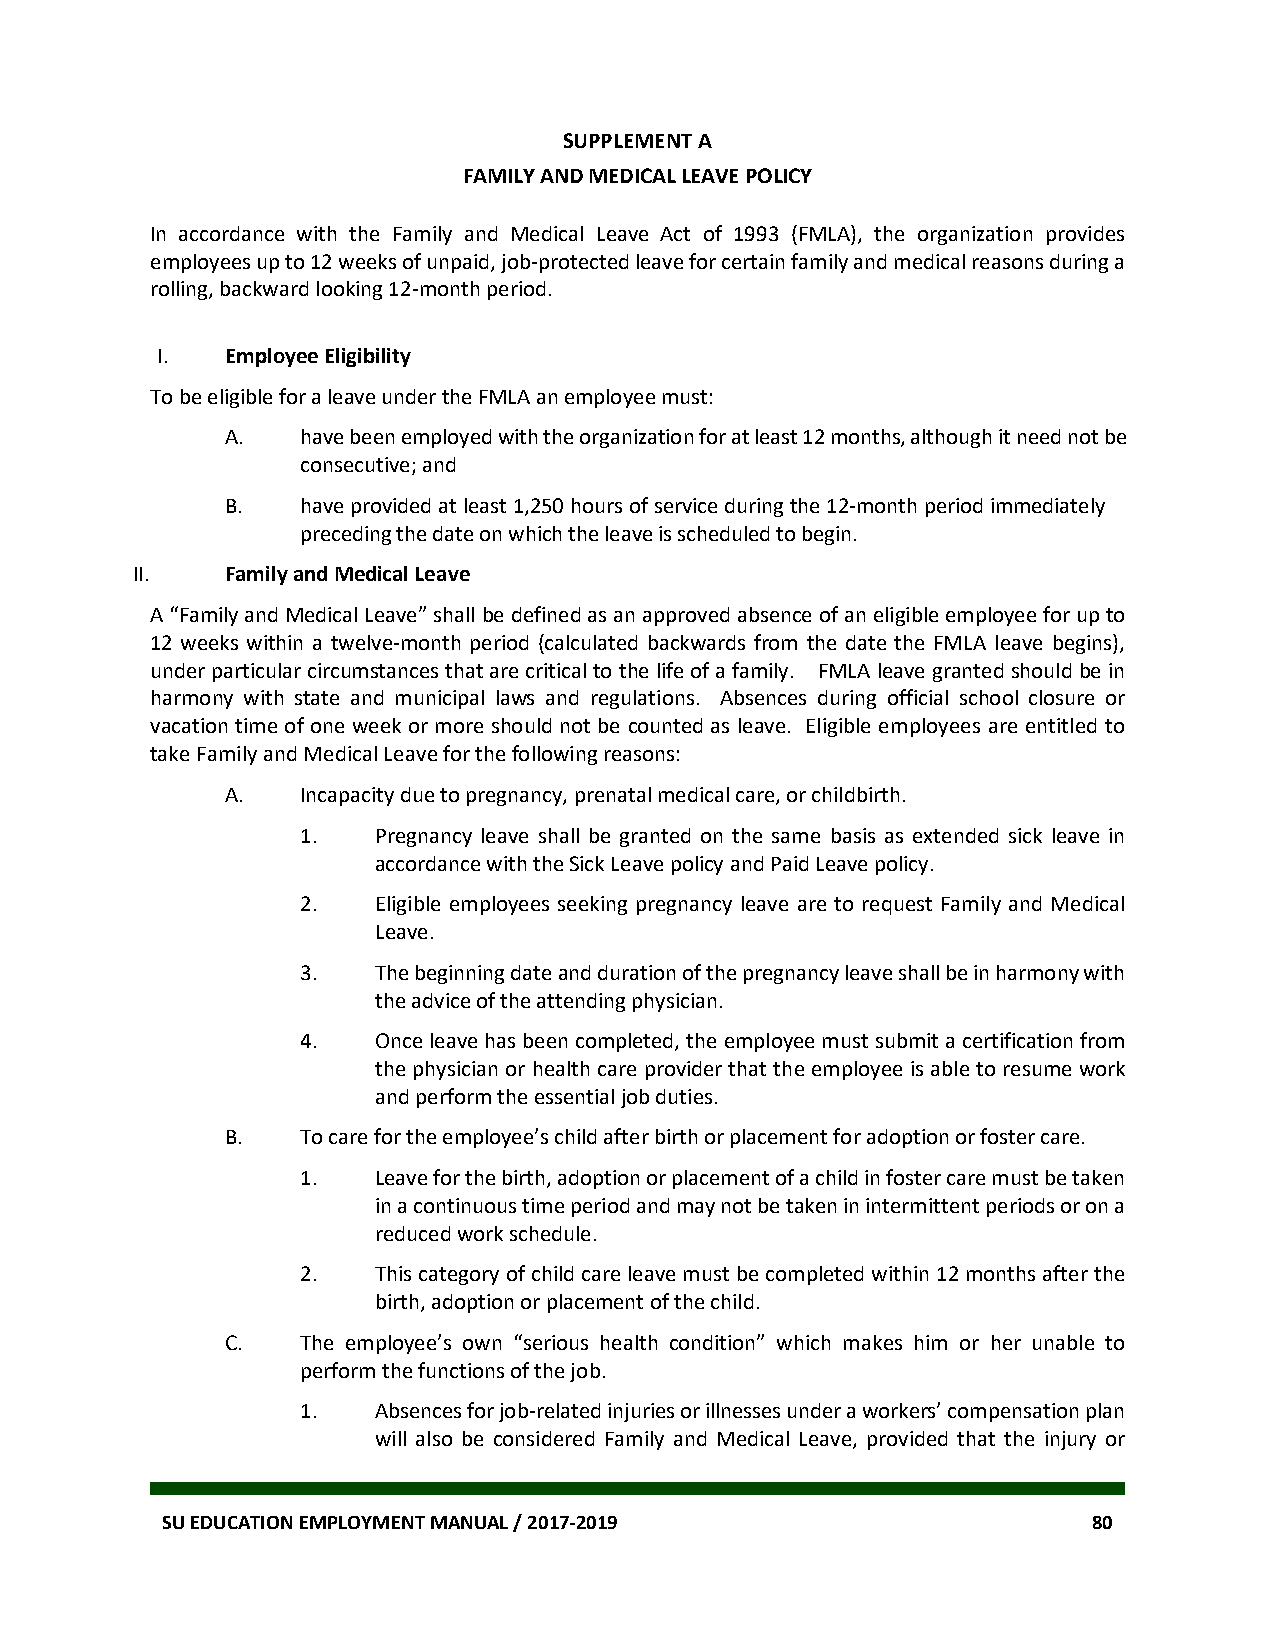
SUPPLEMENT A
 FAMILY AND MEDICAL LEAVE POLICY
 In accordance with the Family and Medical Leave Act of 1993 (FMLA), the organization provides
 employees up to 12 weeks of unpaid, job-protected leave for certain family and medical reasons during a
 rolling, backward looking 12-month period.
 I.   Employee Eligibility
 To be eligible for a leave under the FMLA an employee must:
 A.   have been employed with the organization for at least 12 months, although it need not be
 consecutive; and
 B.   have provided at least 1,250 hours of service during the 12-month period immediately
 preceding the date on which the leave is scheduled to begin.
 II.   Family and Medical Leave
 A “Family and Medical Leave” shall be defined as an approved absence of an eligible employee for up to
 12 weeks within a twelve-month period (calculated backwards from the date the FMLA leave begins),
 under particular circumstances that are critical to the life of a family. FMLA leave granted should be in
 harmony with state and municipal laws and regulations. Absences during official school closure or
 vacation time of one week or more should not be counted as leave. Eligible employees are entitled to
 take Family and Medical Leave for the following reasons:
 A.   Incapacity due to pregnancy, prenatal medical care, or childbirth.
 1.   Pregnancy leave shall be granted on the same basis as extended sick leave in
 accordance with the Sick Leave policy and Paid Leave policy.
 2.   Eligible employees seeking pregnancy leave are to request Family and Medical
 Leave.
 3.   The beginning date and duration of the pregnancy leave shall be in harmony with
 the advice of the attending physician.
 4.   Once leave has been completed, the employee must submit a certification from
 the physician or health care provider that the employee is able to resume work
 and perform the essential job duties.
 B.   To care for the employee’s child after birth or placement for adoption or foster care.
 1.   Leave for the birth, adoption or placement of a child in foster care must be taken
 in a continuous time period and may not be taken in intermittent periods or on a
 reduced work schedule.
 2.   This category of child care leave must be completed within 12 months after the
 birth, adoption or placement of the child.
 C.   The employee’s own “serious health condition” which makes him or her unable to
 perform the functions of the job.
 1.   Absences for job-related injuries or illnesses under a workers’ compensation plan
 will also be considered Family and Medical Leave, provided that the injury or
 SU EDUCATION EMPLOYMENT MANUAL / 2017-2019                   80